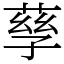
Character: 孶